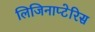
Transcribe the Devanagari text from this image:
लिजिनाप्टेरिस